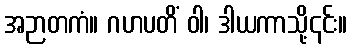
အဉာတကံ။ ဂဟပတိံ ဝါ၊ ဒါယကာသို့၎င်း။